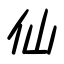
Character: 仙